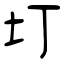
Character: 圢